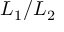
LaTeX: L _ { 1 } / L _ { 2 }